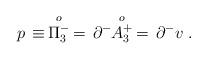
LaTeX: \begin{align*}p\, \equiv\, \stackrel{o}{\Pi^-_3} \, = \, \partial^- \!\! \stackrel{o}{A^+_3}\, =\, \partial^- v \;.\end{align*}